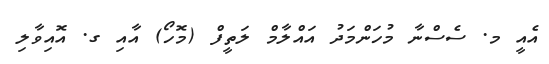
އެއީ މ. ސެސްނާ މުހަންމަދު އައްލާމް ލަތީފް (މޮހޯ) އާއި ގ. އޮއިވާލި